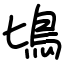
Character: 𩾕